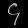
Digit: ၄